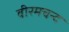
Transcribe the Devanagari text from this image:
वीरमचन्द